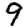
Digit: 9